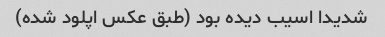
شدیدا اسیب دیده بود (طبق عکس اپلود شده)